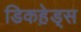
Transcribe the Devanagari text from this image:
डिकहे़ड्स